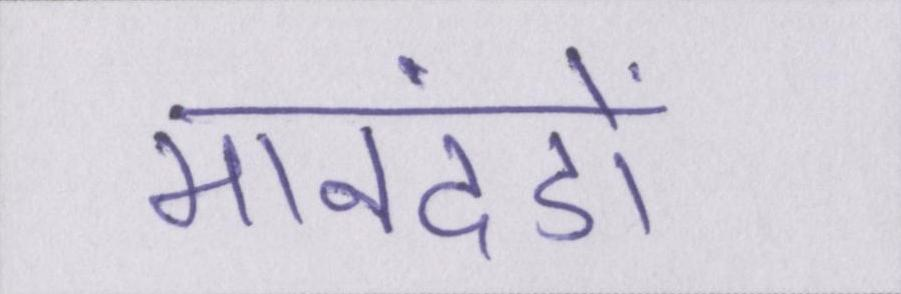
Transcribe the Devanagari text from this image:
मानदंडों